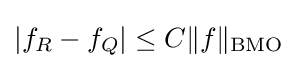
|f_{R}-f_{Q}|\leq C\|f\|_{\text{BMO}}